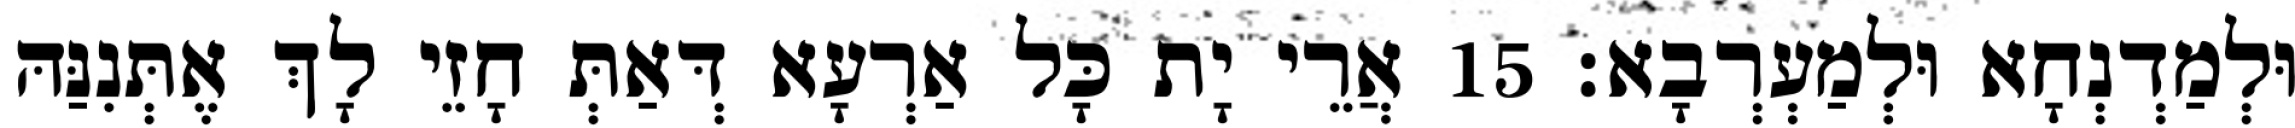
וּלְמַדְנְחָא וּלְמַעְרְבָא׃ 15 אֲרֵי יָת כָּל אַרְעָא דְּאַתְּ חָזֵי לָךְ אֶתְּנִנַּהּ